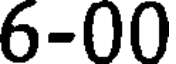
6-00